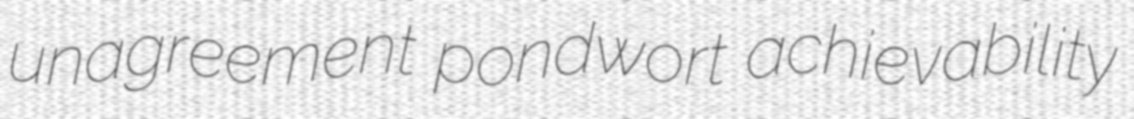
unagreement pondwort achievability